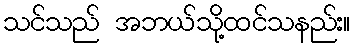
သင်သည် အဘယ်သို့ထင်သနည်း။